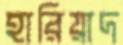
হারিয়াদ